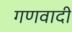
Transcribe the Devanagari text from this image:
गणवादी